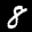
Label: 8